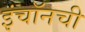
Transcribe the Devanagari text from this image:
इंचॉनची